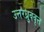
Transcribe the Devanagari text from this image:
उत्तरध्रुववृत्त